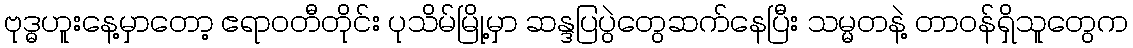
ဗုဒ္ဓဟူးနေ့မှာတော့ ဧရာဝတီတိုင်း ပုသိမ်မြို့မှာ ဆန္ဒပြပွဲတွေဆက်နေပြီး သမ္မတနဲ့ တာဝန်ရှိသူတွေက